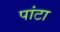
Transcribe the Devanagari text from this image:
पांटा